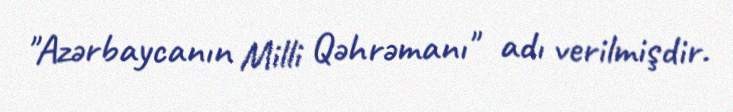
"Azərbaycanın Milli Qəhrəmanı" adı verilmişdir.